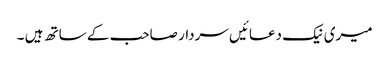
میری نیک دعائیں سردار صاحب کے ساتھ ہیں ۔